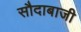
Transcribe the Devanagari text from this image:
सौदाबाजी